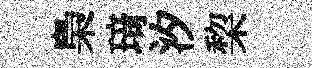
梟𤦺汐棃